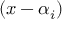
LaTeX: ( x - \alpha _ { i } )